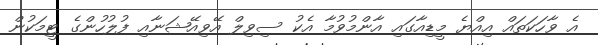
އެ ވާހަކަތައް އިއްޔެ މީޑިއާގައި އާންމުވުމާ އެކު ސިވިލް އޭވިއޭޝަނާއި ފުލުހުންގެ ޓީމަކުން